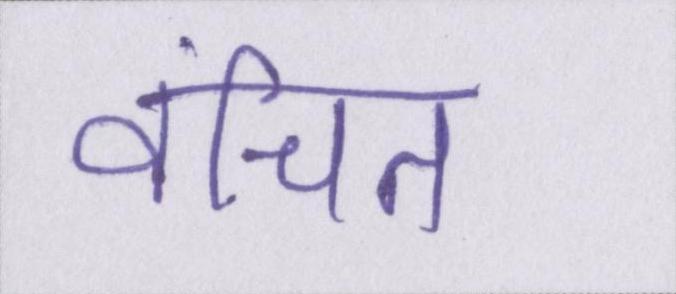
वंचित